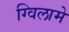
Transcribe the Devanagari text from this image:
ग्विलामे